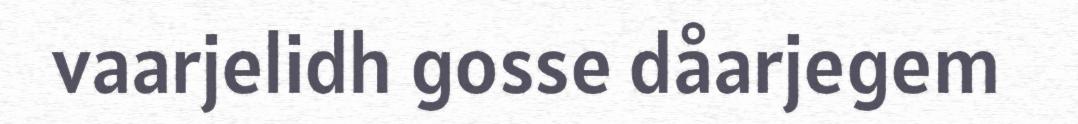
vaarjelidh gosse dåarjegem